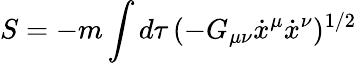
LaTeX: S=-m\int d\tau\, (-G_{\mu\nu}\dot{x}^{\mu}\dot{x}^{\nu})^{1/2}